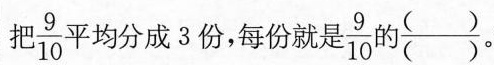
把 \frac{9}{10} 平均分成3份，每份就是 \frac{9}{10} 的\frac{( )}{( )} 。